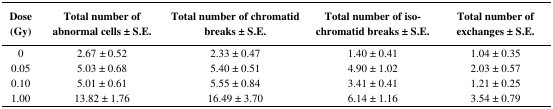
| Dose (Gy) | Total number of abnormal cells ± S.E. | Total number of chromatid breaks ± S.E. | Total number of iso-chromatid breaks ± S.E. | Total number of exchanges ± S.E. |
 | --- | --- | --- | --- | --- |
 | 0 | 2.67± 0.52 | 2.33 ± 0.47 | 1.40 ± 0.41 | 1.04 ± 0.35 |
 | 0.05 | 5.03 ± 0.68 | 5.40 ± 0.51 | 4.90 ± 1.02 | 2.03 ± 0.57 |
 | 0.10 | 5.01 ± 0.61 | 5.55 ± 0.84 | 3.41 ± 0.41 | 1.21 ± 0.25 |
 | 1.00 | 13.82 ± 1.76 | 16.49 ± 3.70 | 6.14 ± 1.16 | 3.54 ± 0.79 |